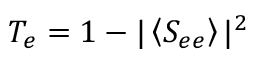
T _ { e } = 1 - \vert \left\langle { S _ { e e } } \right\rangle \vert ^ { 2 }